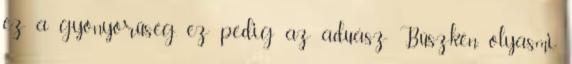
ez a gyönyörűség. ez pedig az aduász Büszkén, olyasmi